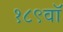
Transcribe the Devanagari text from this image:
१८९वॉ